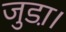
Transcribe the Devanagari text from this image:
जुडा़।